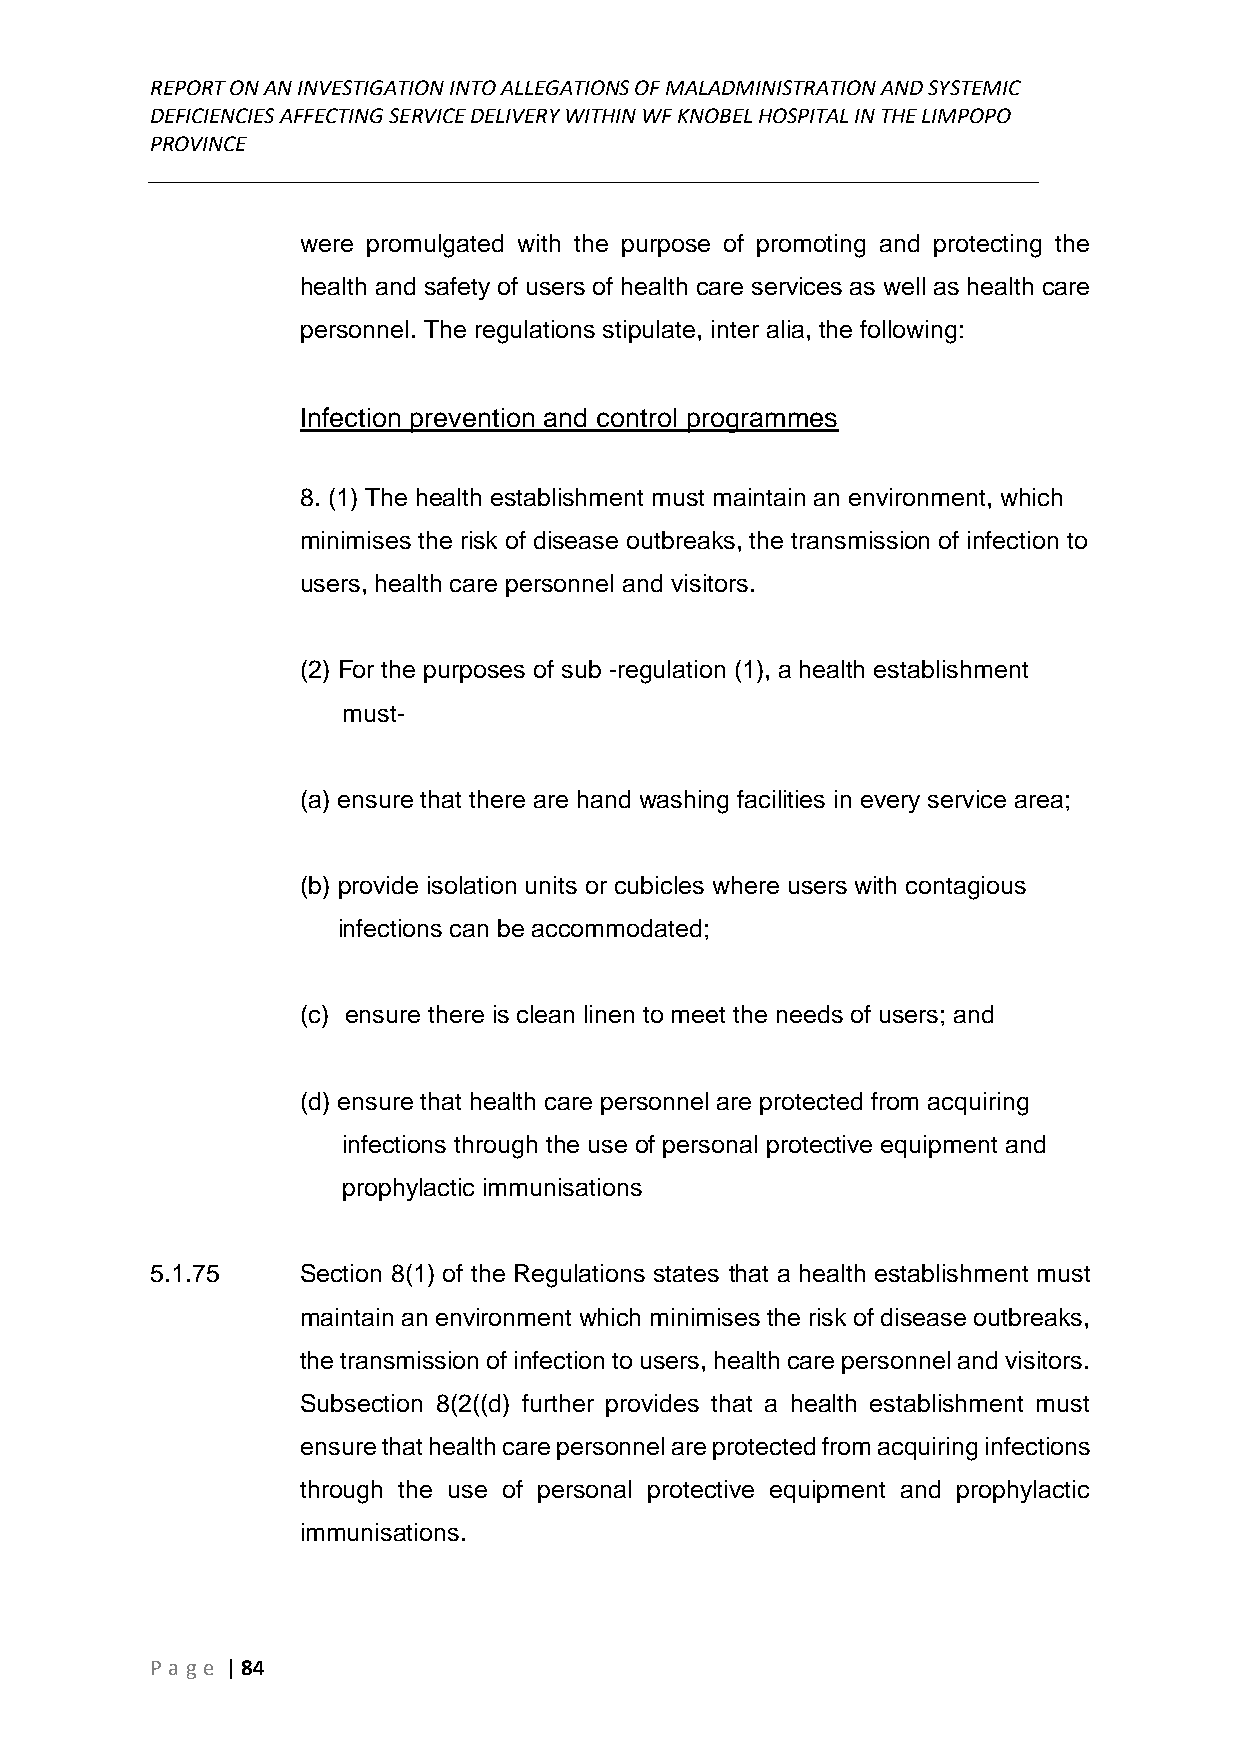
REPORT ON AN INVESTIGATION INTO ALLEGATIONS OF MALADMINISTRATION AND SYSTEMIC
 DEFICIENCIES AFFECTING SERVICE DELIVERY WITHIN WF KNOBEL HOSPITAL IN THE LIMPOPO
 PROVINCE
 ______________________________________________________________________________
 were promulgated with the purpose of promoting and protecting the
 health and safety of users of health care services as well as health care
 personnel. The regulations stipulate, inter alia, the following:
 Infection prevention and control programmes
 8. (1) The health establishment must maintain an environment, which
 minimises the risk of disease outbreaks, the transmission of infection to
 users, health care personnel and visitors.
 (2) For the purposes of sub -regulation (1), a health establishment
 must-
 (a) ensure that there are hand washing facilities in every service area;
 (b) provide isolation units or cubicles where users with contagious
 infections can be accommodated;
 (c) ensure there is clean linen to meet the needs of users; and
 (d) ensure that health care personnel are protected from acquiring
 infections through the use of personal protective equipment and
 prophylactic immunisations
 5.1.75    Section 8(1) of the Regulations states that a health establishment must
 maintain an environment which minimises the risk of disease outbreaks,
 the transmission of infection to users, health care personnel and visitors.
 Subsection 8(2((d) further provides that a health establishment must
 ensure that health care personnel are protected from acquiring infections
 through the use of personal protective equipment and prophylactic
 immunisations.
 P age | 84